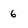
Character: 6